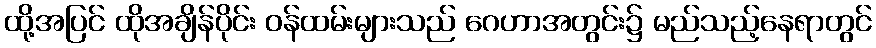
ထို့အပြင် ထိုအချိန်ပိုင်း ဝန်ထမ်းများသည် ဂေဟာအတွင်း၌ မည်သည့်နေရာတွင်